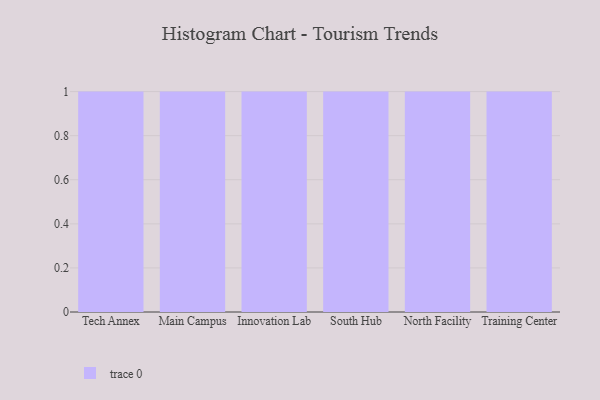
{"axis": {"x": "Campus", "y": "Active Users"}, "legend": [""], "data": [{"x": "Tech Annex", "y": 81, "type": ""}, {"x": "Main Campus", "y": 77, "type": ""}, {"x": "Innovation Lab", "y": 56, "type": ""}, {"x": "South Hub", "y": 7, "type": ""}, {"x": "North Facility", "y": 22, "type": ""}, {"x": "Training Center", "y": 35, "type": ""}]}